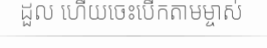
ដួល ហើយចេះបើកតាមម្ចាស់